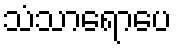
သံသာရောပေ